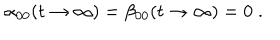
\alpha _ { 0 0 } ( t \to \infty ) = \beta _ { 0 0 } ( t \to \infty ) = 0 \; .